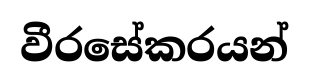
වීරසේකරයන්